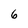
Character: 6